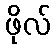
ဖိုလ်